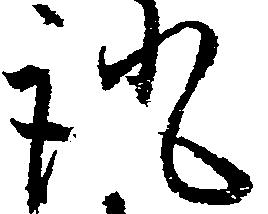
証